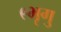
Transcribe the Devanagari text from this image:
९भृगु